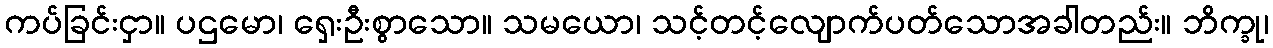
ကပ်ခြင်းငှာ။ ပဌမော၊ ရှေးဦးစွာသော။ သမယော၊ သင့်တင့်လျောက်ပတ်သောအခါတည်း။ ဘိက္ခု၊